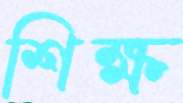
শিক্ষ